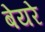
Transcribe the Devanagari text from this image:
बेयरे